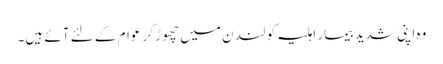
وہ اپنی شدید بیمار اہلیہ کو لند ن میں چھوڑ کر عوام کے لئے آئے ہیں۔